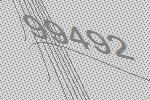
99492